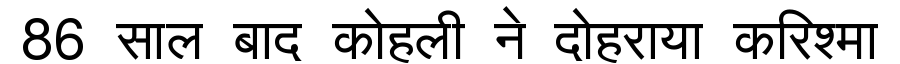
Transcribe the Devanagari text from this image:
86 साल बाद कोहली ने दोहराया करिश्मा